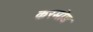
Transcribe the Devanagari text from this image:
करमोड